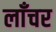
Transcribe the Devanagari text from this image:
लाँचर